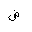
Letter: _dad